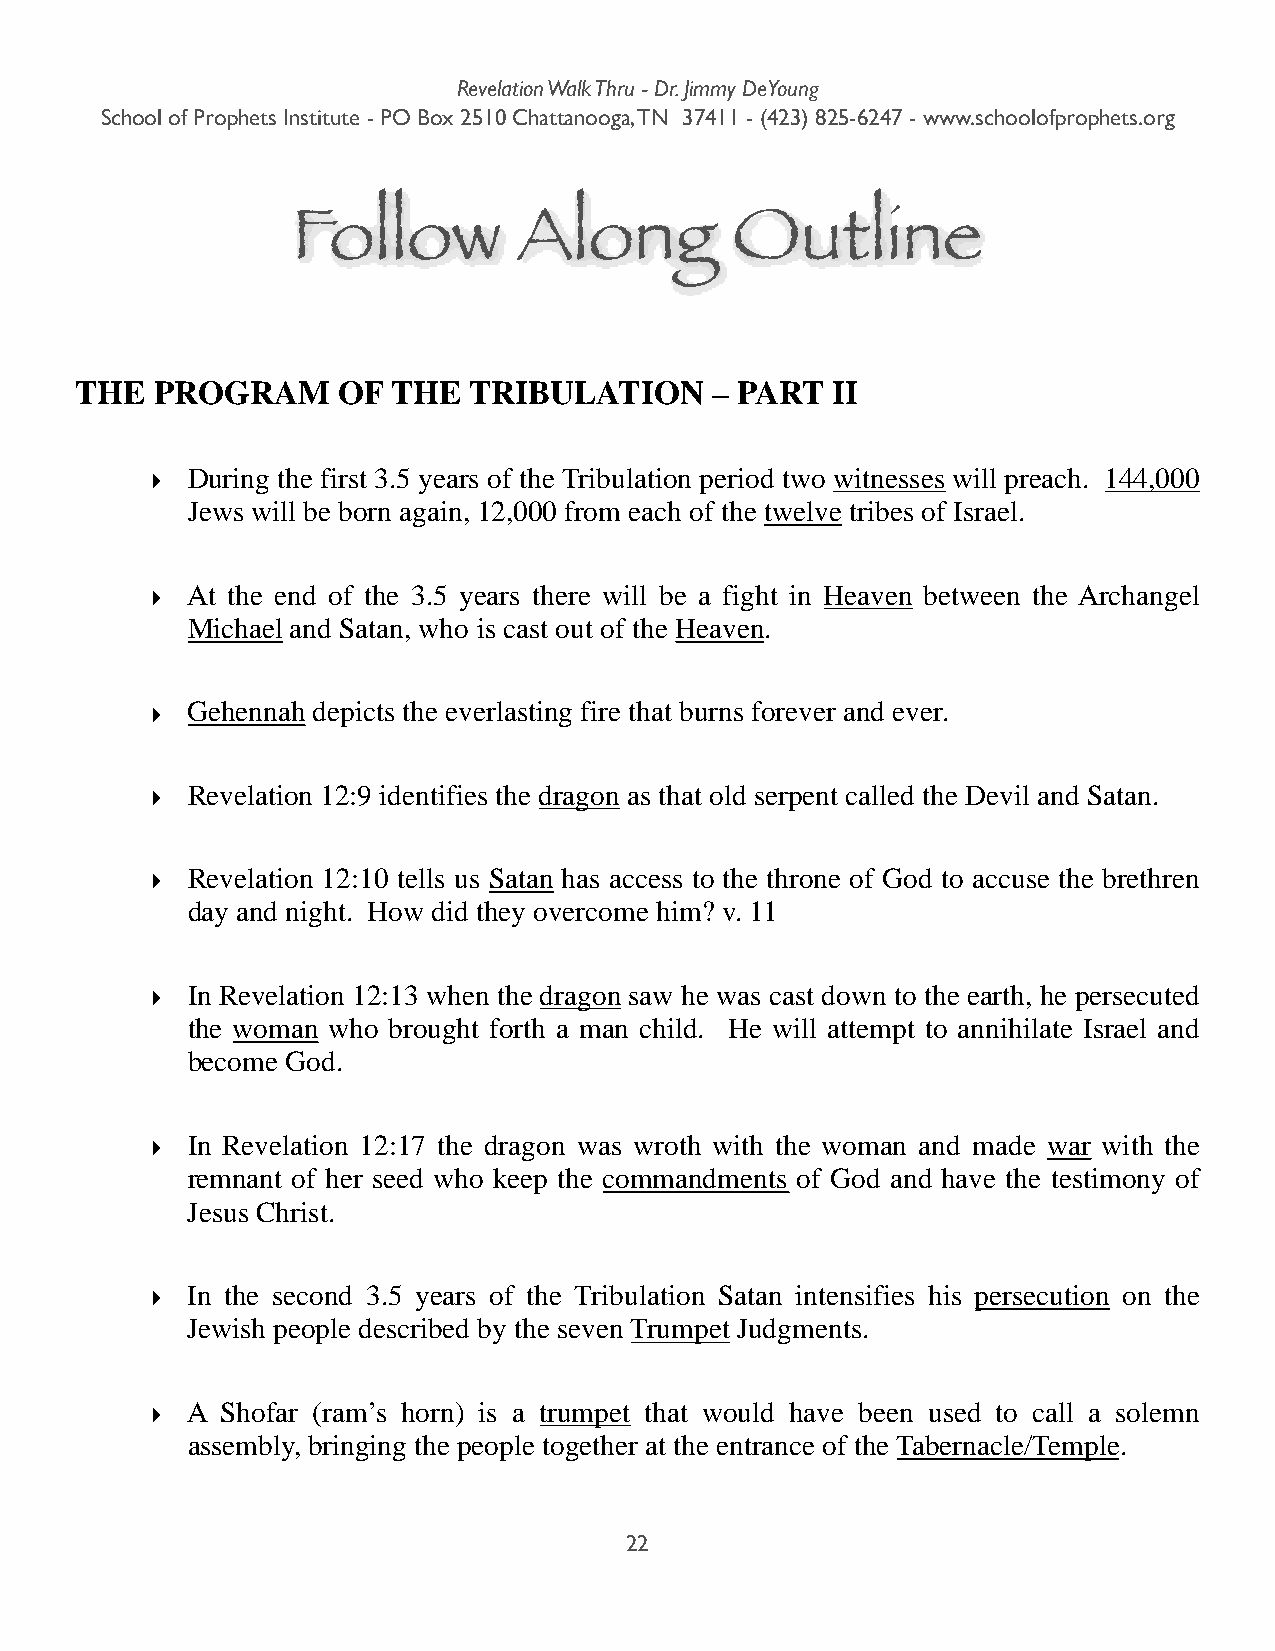
Revelation Walk Thru - Dr. Jimmy DeYoung
 School of Prophets Institute - PO Box 2510 Chattanooga, TN 37411 - (423) 825-6247 - www.schoolofprophets.org
 Follow         Along         Outline
 THE  PROGRAM     OF  THE  TRIBULATION     – PART  II
 ‣ During the first 3.5 years of the Tribulation period two witnesses will preach. 144,000
 Jews will be born again, 12,000 from each of the twelve tribes of Israel.
 ‣ At the end of the 3.5 years there will be a fight in Heaven between the Archangel
 Michael and Satan, who is cast out of the Heaven.
 ‣ Gehennah depicts the everlasting fire that burns forever and ever.
 ‣ Revelation 12:9 identifies the dragon as that old serpent called the Devil and Satan.
 ‣ Revelation 12:10 tells us Satan has access to the throne of God to accuse the brethren
 day and night. How did they overcome him? v. 11
 ‣ In Revelation 12:13 when the dragon saw he was cast down to the earth, he persecuted
 the woman who brought forth a man child. He will attempt to annihilate Israel and
 become God.
 ‣ In Revelation 12:17 the dragon was wroth with the woman and made war with the
 remnant of her seed who keep the commandments of God and have the testimony of
 Jesus Christ.
 ‣ In the second 3.5 years of the Tribulation Satan intensifies his persecution on the
 Jewish people described by the seven Trumpet Judgments.
 ‣ A  Shofar (ram’s horn) is a trumpet that would have been used to call a solemn
 assembly, bringing the people together at the entrance of the Tabernacle/Temple.
 22